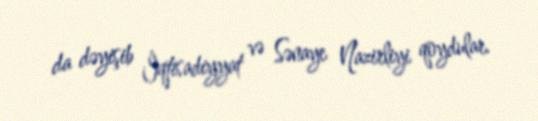
da dəyişib İqtisadiyyat və Sənaye Nazirliyi qoydular.